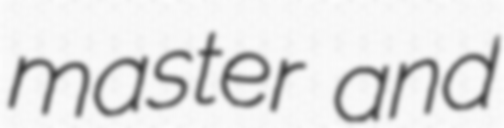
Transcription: master and